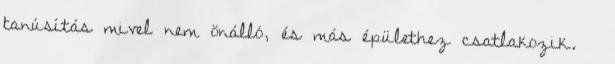
tanúsítás mivel nem önálló, és más épülethez csatlakozik. »